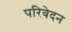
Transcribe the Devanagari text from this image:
परिवेदन